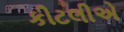
કીટલીએ